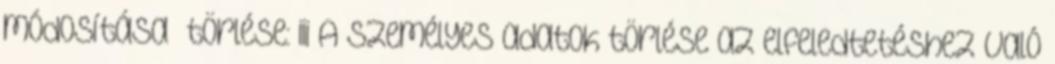
módosítása törlése: iii A személyes adatok törlése az elfeledtetéshez való